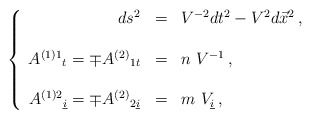
\begin{align*}\left\{\begin{array}{rcl}ds^{2} & = & V^{-2}dt^{2} -V^{2}d\vec{x}^{2}\, , \\& & \\A^{(1)1}{}_{t} = \mp A^{(2)}{}_{1t} & = & n\ V^{-1}\, ,\\& & \\A^{(1)2}{}_{\underline{i}} = \mp A^{(2)}{}_{2\underline{i}} & = &m\ V_{\underline{i}}\, ,\\\end{array}\right.\end{align*}